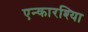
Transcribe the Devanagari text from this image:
एन्कारश्यिा